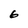
Character: 6